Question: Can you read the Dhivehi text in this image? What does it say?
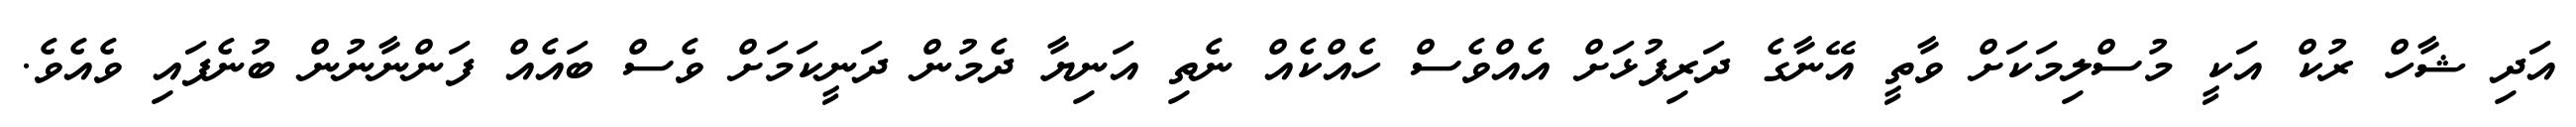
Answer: އަދި ޝާހް ރުކް އަކީ މުސްލިމަކަށް ވާތީ އޭނާގެ ދަރިފުޅަށް އެއްވެސް ހެއްކެއް ނެތި އަނިޔާ ދެމުން ދަނީކަމަށް ވެސް ބައެއް ފަންނާނުން ބުނެފައި ވެއެވެ.